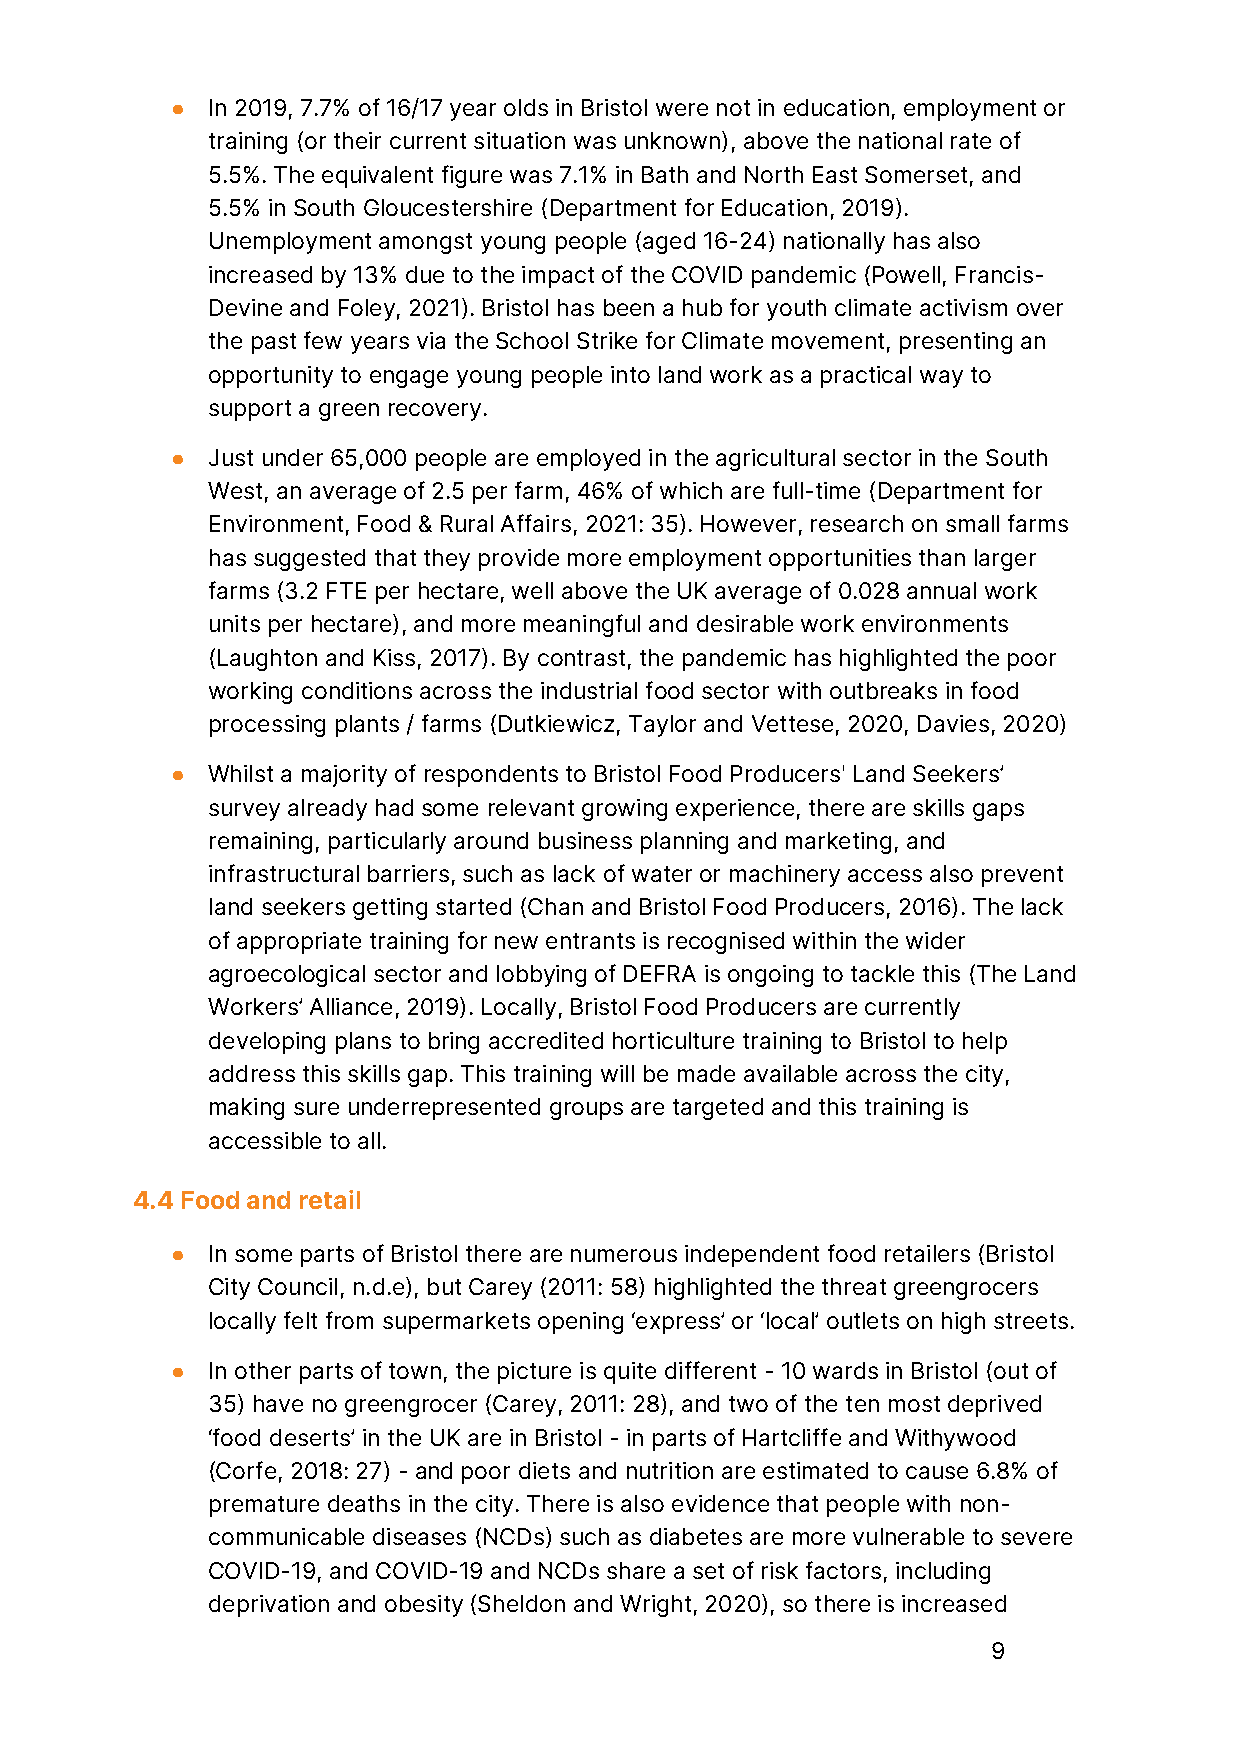
●  In 2019, 7.7% of 16/17 year olds in Bristol were not in education, employment or
 training (or their current situation was unknown), above the national rate of
 5.5%. The equivalent figure was 7.1% in Bath and North East Somerset, and
 5.5% in South Gloucestershire (Department for Education, 2019).
 Unemployment amongst young people (aged 16-24) nationally has also
 increased by 13% due to the impact of the COVID pandemic (Powell, Francis-
 Devine and Foley, 2021). Bristol has been a hub for youth climate activism over
 the past few years via the School Strike for Climate movement, presenting an
 opportunity to engage young people into land work as a practical way to
 support a green recovery.
 ●  Just under 65,000 people are employed in the agricultural sector in the South
 West, an average of 2.5 per farm, 46% of which are full-time (Department for
 Environment, Food & Rural Affairs, 2021: 35). However, research on small farms
 has suggested that they provide more employment opportunities than larger
 farms (3.2 FTE per hectare, well above the UK average of 0.028 annual work
 units per hectare), and more meaningful and desirable work environments
 (Laughton and Kiss, 2017). By contrast, the pandemic has highlighted the poor
 working conditions across the industrial food sector with outbreaks in food
 processing plants / farms (Dutkiewicz, Taylor and Vettese, 2020, Davies, 2020)
 ●  Whilst a majority of respondents to Bristol Food Producers' Land Seekers’
 survey already had some relevant growing experience, there are skills gaps
 remaining, particularly around business planning and marketing, and
 infrastructural barriers, such as lack of water or machinery access also prevent
 land seekers getting started (Chan and Bristol Food Producers, 2016). The lack
 of appropriate training for new entrants is recognised within the wider
 agroecological sector and lobbying of DEFRA is ongoing to tackle this (The Land
 Workers’ Alliance, 2019). Locally, Bristol Food Producers are currently
 developing plans to bring accredited horticulture training to Bristol to help
 address this skills gap. This training will be made available across the city,
 making sure underrepresented groups are targeted and this training is
 accessible to all.
 4.4 Food and retail
 ●  In some parts of Bristol there are numerous independent food retailers (Bristol
 City Council, n.d.e), but Carey (2011: 58) highlighted the threat greengrocers
 locally felt from supermarkets opening ‘express’ or ‘local’ outlets on high streets.
 ●  In other parts of town, the picture is quite different - 10 wards in Bristol (out of
 35) have no greengrocer (Carey, 2011: 28), and two of the ten most deprived
 ‘food deserts’ in the UK are in Bristol - in parts of Hartcliffe and Withywood
 (Corfe, 2018: 27) - and poor diets and nutrition are estimated to cause 6.8% of
 premature deaths in the city. There is also evidence that people with non-
 communicable diseases (NCDs) such as diabetes are more vulnerable to severe
 COVID-19, and COVID-19 and NCDs share a set of risk factors, including
 deprivation and obesity (Sheldon and Wright, 2020), so there is increased
 9